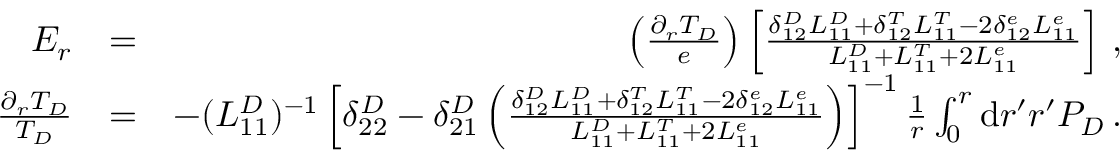
\begin{array} { r l r } { E _ { r } } & { = } & { \left( \frac { \partial _ { r } T _ { D } } { e } \right) \left[ \frac { \delta _ { 1 2 } ^ { D } L _ { 1 1 } ^ { D } + \delta _ { 1 2 } ^ { T } L _ { 1 1 } ^ { T } - 2 \delta _ { 1 2 } ^ { e } L _ { 1 1 } ^ { e } } { L _ { 1 1 } ^ { D } + L _ { 1 1 } ^ { T } + 2 L _ { 1 1 } ^ { e } } \right] \, , } \\ { \frac { \partial _ { r } T _ { D } } { T _ { D } } } & { = } & { - ( L _ { 1 1 } ^ { D } ) ^ { - 1 } \left[ \delta _ { 2 2 } ^ { D } - \delta _ { 2 1 } ^ { D } \left( \frac { \delta _ { 1 2 } ^ { D } L _ { 1 1 } ^ { D } + \delta _ { 1 2 } ^ { T } L _ { 1 1 } ^ { T } - 2 \delta _ { 1 2 } ^ { e } L _ { 1 1 } ^ { e } } { L _ { 1 1 } ^ { D } + L _ { 1 1 } ^ { T } + 2 L _ { 1 1 } ^ { e } } \right) \right] ^ { - 1 } \frac { 1 } { r } \int _ { 0 } ^ { r } \mathrm { d } r ^ { \prime } r ^ { \prime } P _ { D } \, . } \end{array}